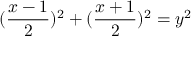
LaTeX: ( { \frac { x - 1 } { 2 } } ) ^ { 2 } + ( { \frac { x + 1 } { 2 } } ) ^ { 2 } = y ^ { 2 }